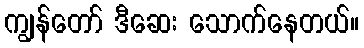
ကျွန်တော် ဒီဆေး သောက်နေတယ်။